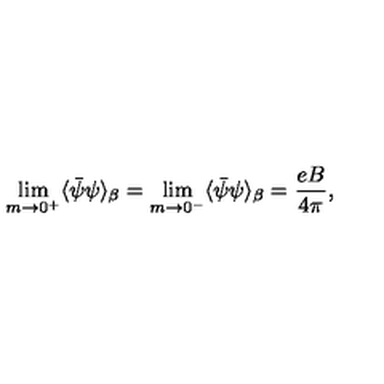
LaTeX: \lim _ { m \rightarrow 0 ^ { + } } \langle \bar { \psi } \psi \rangle _ { \beta } = \lim _ { m \rightarrow 0 ^ { - } } \langle \bar { \psi } \psi \rangle _ { \beta } = \frac { e B } { 4 \pi } ,